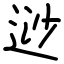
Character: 逤